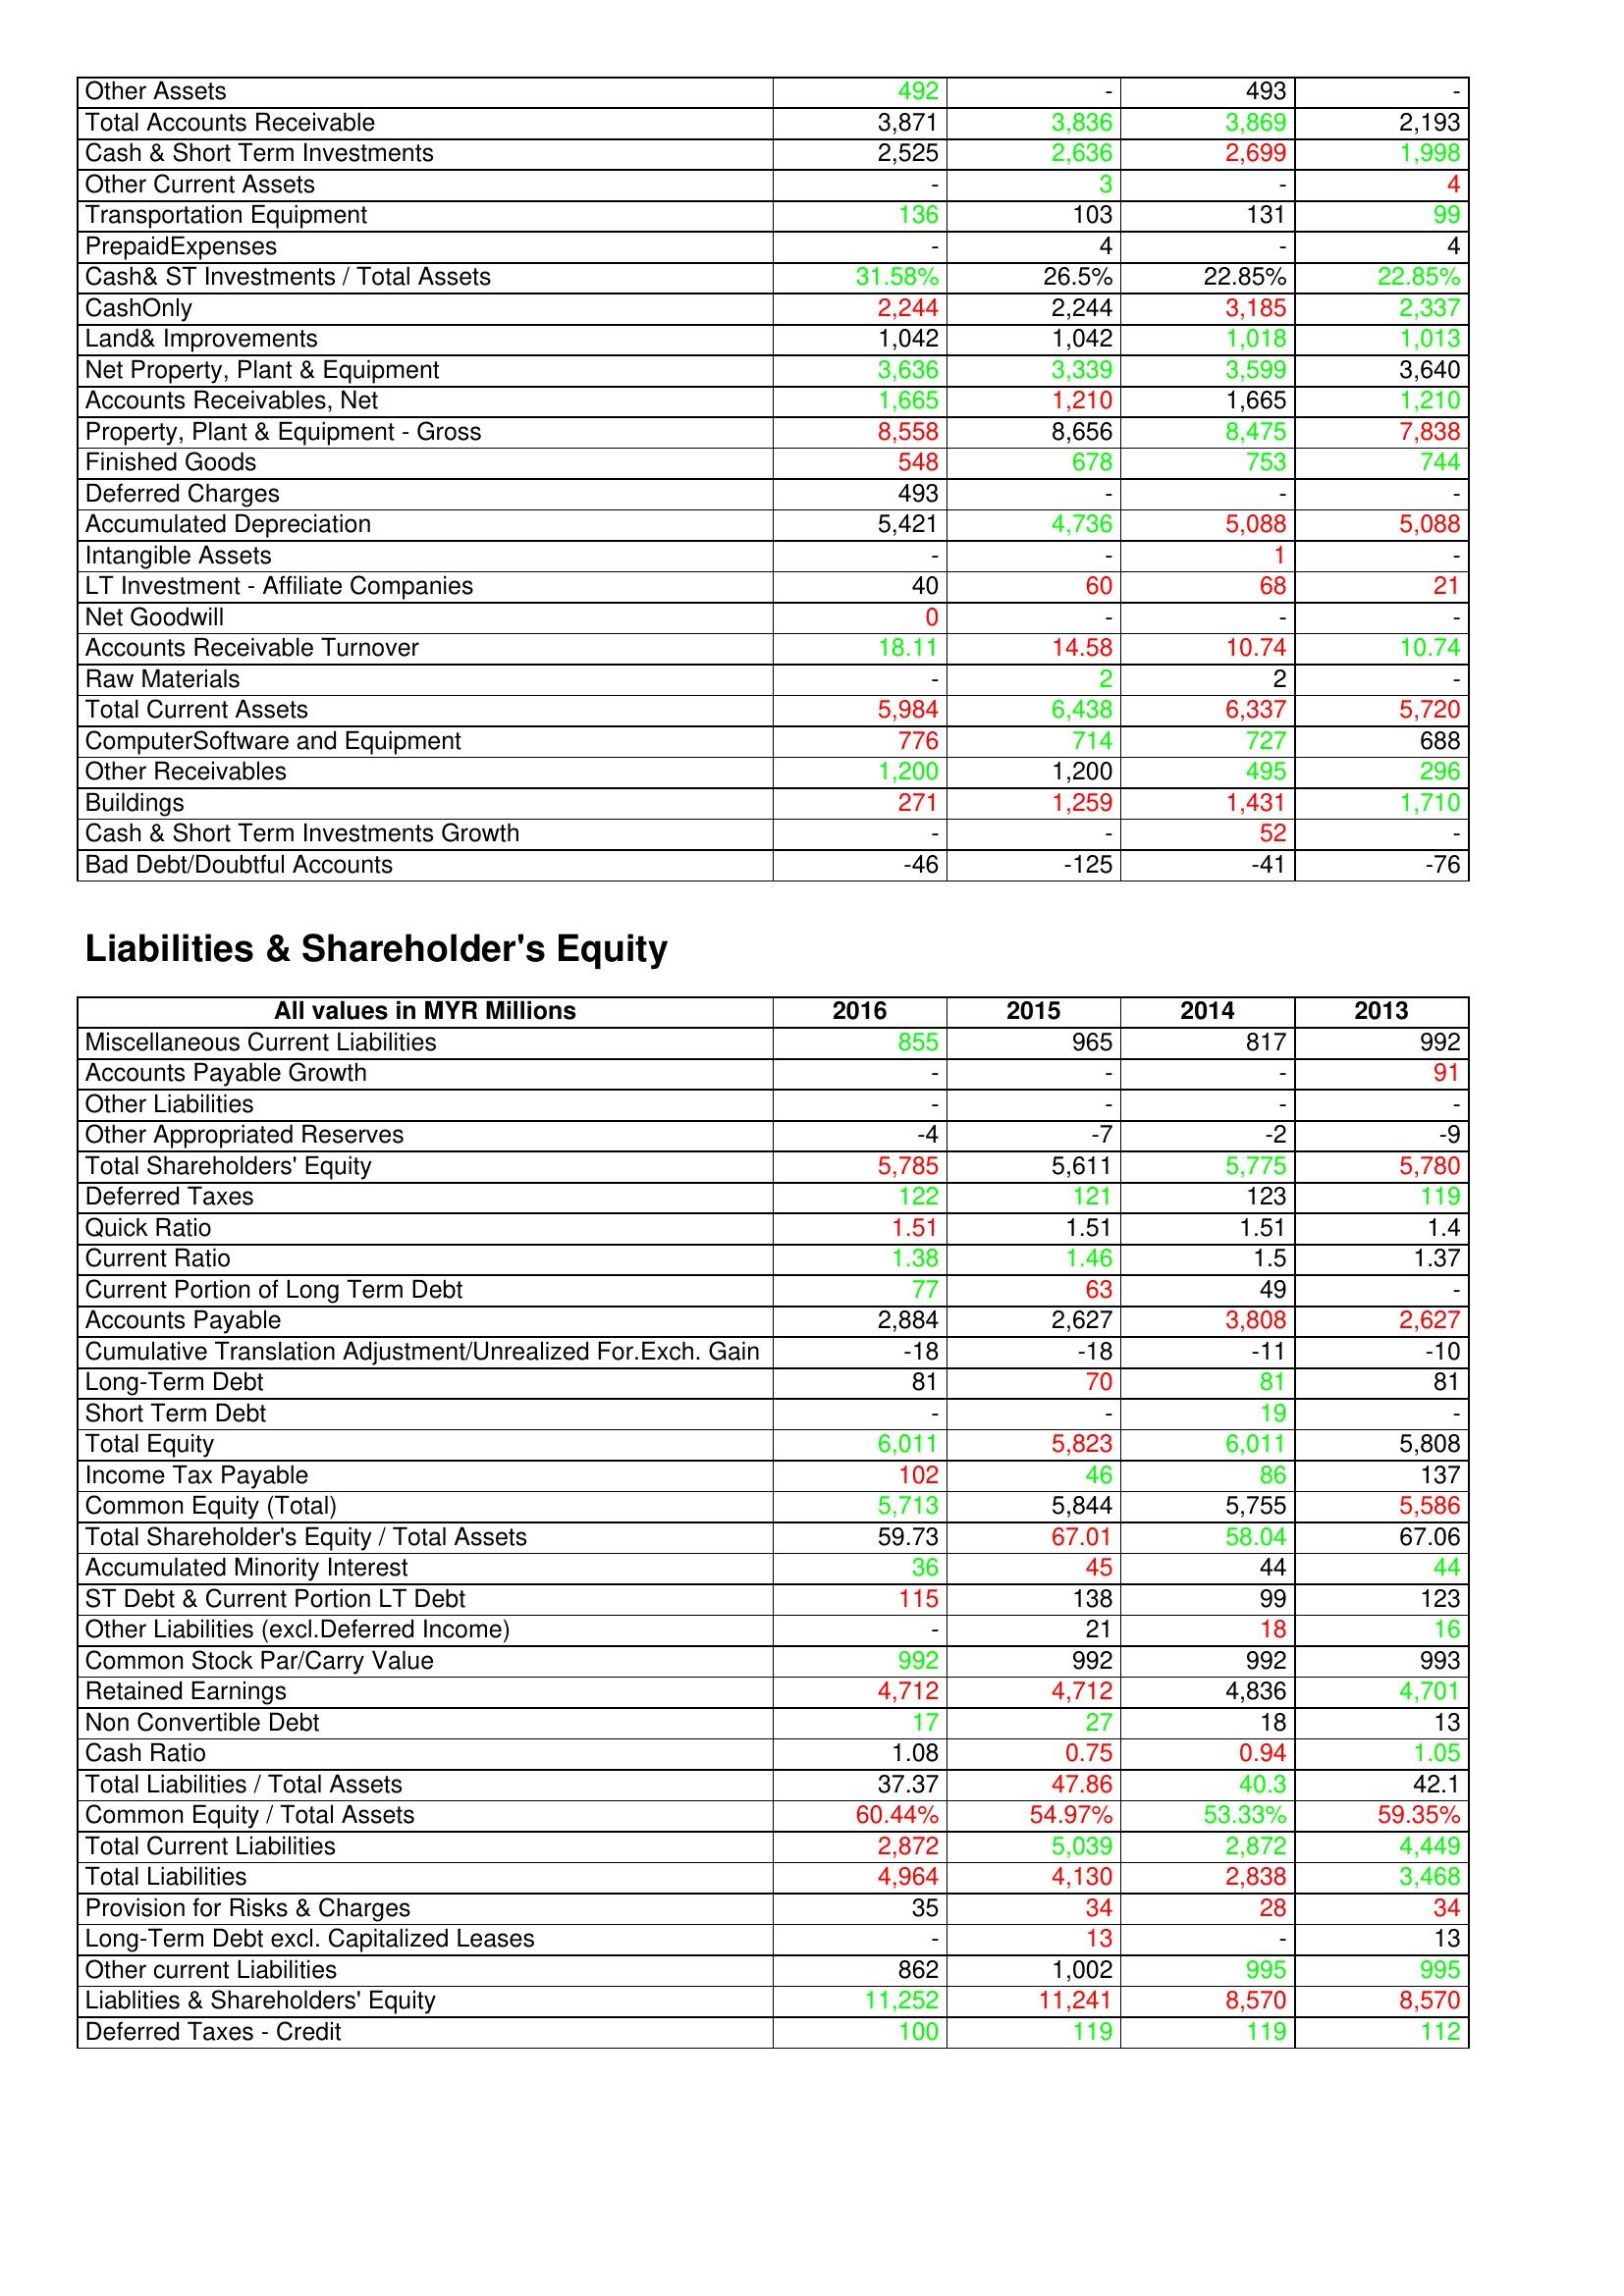
gt_parse: 2016: Assets: Other Assets: 492
Total Accounts Receivable: 3,871
Cash & Short Term Investments: 2,525
Other Current Assets: -
Transportation Equipment: 136
PrepaidExpenses: -
Cash& ST Investments / Total Assets: 31.58%
CashOnly: 2,244
Land& Improvements: 1,042
Net Property, Plant & Equipment: 3,636
Accounts Receivables, Net: 1,665
Property, Plant & Equipment - Gross : 8,558
Finished Goods: 548
Deferred Charges: 493
Accumulated Depreciation: 5,421
Intangible Assets: -
LT Investment - Affiliate Companies: 40
Net Goodwill: 0
Accounts Receivable Turnover: 18.11
Raw Materials: -
Total Current Assets: 5,984
ComputerSoftware and Equipment: 776
Other Receivables: 1,200
Buildings: 271
Cash & Short Term Investments Growth: -
Bad Debt/Doubtful Accounts: -46
Liabilities & Shareholder's Equity: Miscellaneous Current Liabilities: 855
Accounts Payable Growth: -
Other Liabilities: -
Other Appropriated Reserves: -4
Total Shareholders' Equity: 5,785
Deferred Taxes: 122
Quick Ratio: 1.51
Current Ratio: 1.38
Current Portion of Long Term Debt: 77
Accounts Payable: 2,884
Cumulative Translation Adjustment/Unrealized For.Exch. Gain: -18
Long-Term Debt: 81
Short Term Debt: -
Total Equity: 6,011
Income Tax Payable: 102
Common Equity (Total): 5,713
Total Shareholder's Equity / Total Assets: 59.73
Accumulated Minority Interest: 36
ST Debt & Current Portion LT Debt: 115
Other Liabilities (excl.Deferred Income): -
Common Stock Par/Carry Value: 992
Retained Earnings: 4,712
Non Convertible Debt: 17
Cash Ratio: 1.08
Total Liabilities / Total Assets: 37.37
Common Equity / Total Assets: 60.44%
Total Current Liabilities: 2,872
Total Liabilities: 4,964
Provision for Risks & Charges: 35
Long-Term Debt excl. Capitalized Leases: -
Other current Liabilities: 862
Liablities & Shareholders' Equity: 11,252
Deferred Taxes - Credit: 100
2015: Assets: Other Assets: -
Total Accounts Receivable: 3,836
Cash & Short Term Investments: 2,636
Other Current Assets: 3
Transportation Equipment: 103
PrepaidExpenses: 4
Cash& ST Investments / Total Assets: 26.5%
CashOnly: 2,244
Land& Improvements: 1,042
Net Property, Plant & Equipment: 3,339
Accounts Receivables, Net: 1,210
Property, Plant & Equipment - Gross : 8,656
Finished Goods: 678
Deferred Charges: -
Accumulated Depreciation: 4,736
Intangible Assets: -
LT Investment - Affiliate Companies: 60
Net Goodwill: -
Accounts Receivable Turnover: 14.58
Raw Materials: 2
Total Current Assets: 6,438
ComputerSoftware and Equipment: 714
Other Receivables: 1,200
Buildings: 1,259
Cash & Short Term Investments Growth: -
Bad Debt/Doubtful Accounts: -125
Liabilities & Shareholder's Equity: Miscellaneous Current Liabilities: 965
Accounts Payable Growth: -
Other Liabilities: -
Other Appropriated Reserves: -7
Total Shareholders' Equity: 5,611
Deferred Taxes: 121
Quick Ratio: 1.51
Current Ratio: 1.46
Current Portion of Long Term Debt: 63
Accounts Payable: 2,627
Cumulative Translation Adjustment/Unrealized For.Exch. Gain: -18
Long-Term Debt: 70
Short Term Debt: -
Total Equity: 5,823
Income Tax Payable: 46
Common Equity (Total): 5,844
Total Shareholder's Equity / Total Assets: 67.01
Accumulated Minority Interest: 45
ST Debt & Current Portion LT Debt: 138
Other Liabilities (excl.Deferred Income): 21
Common Stock Par/Carry Value: 992
Retained Earnings: 4,712
Non Convertible Debt: 27
Cash Ratio: 0.75
Total Liabilities / Total Assets: 47.86
Common Equity / Total Assets: 54.97%
Total Current Liabilities: 5,039
Total Liabilities: 4,130
Provision for Risks & Charges: 34
Long-Term Debt excl. Capitalized Leases: 13
Other current Liabilities: 1,002
Liablities & Shareholders' Equity: 11,241
Deferred Taxes - Credit: 119
2014: Assets: Other Assets: 493
Total Accounts Receivable: 3,869
Cash & Short Term Investments: 2,699
Other Current Assets: -
Transportation Equipment: 131
PrepaidExpenses: -
Cash& ST Investments / Total Assets: 22.85%
CashOnly: 3,185
Land& Improvements: 1,018
Net Property, Plant & Equipment: 3,599
Accounts Receivables, Net: 1,665
Property, Plant & Equipment - Gross : 8,475
Finished Goods: 753
Deferred Charges: -
Accumulated Depreciation: 5,088
Intangible Assets: 1
LT Investment - Affiliate Companies: 68
Net Goodwill: -
Accounts Receivable Turnover: 10.74
Raw Materials: 2
Total Current Assets: 6,337
ComputerSoftware and Equipment: 727
Other Receivables: 495
Buildings: 1,431
Cash & Short Term Investments Growth: 52
Bad Debt/Doubtful Accounts: -41
Liabilities & Shareholder's Equity: Miscellaneous Current Liabilities: 817
Accounts Payable Growth: -
Other Liabilities: -
Other Appropriated Reserves: -2
Total Shareholders' Equity: 5,775
Deferred Taxes: 123
Quick Ratio: 1.51
Current Ratio: 1.5
Current Portion of Long Term Debt: 49
Accounts Payable: 3,808
Cumulative Translation Adjustment/Unrealized For.Exch. Gain: -11
Long-Term Debt: 81
Short Term Debt: 19
Total Equity: 6,011
Income Tax Payable: 86
Common Equity (Total): 5,755
Total Shareholder's Equity / Total Assets: 58.04
Accumulated Minority Interest: 44
ST Debt & Current Portion LT Debt: 99
Other Liabilities (excl.Deferred Income): 18
Common Stock Par/Carry Value: 992
Retained Earnings: 4,836
Non Convertible Debt: 18
Cash Ratio: 0.94
Total Liabilities / Total Assets: 40.3
Common Equity / Total Assets: 53.33%
Total Current Liabilities: 2,872
Total Liabilities: 2,838
Provision for Risks & Charges: 28
Long-Term Debt excl. Capitalized Leases: -
Other current Liabilities: 995
Liablities & Shareholders' Equity: 8,570
Deferred Taxes - Credit: 119
2013: Assets: Other Assets: -
Total Accounts Receivable: 2,193
Cash & Short Term Investments: 1,998
Other Current Assets: 4
Transportation Equipment: 99
PrepaidExpenses: 4
Cash& ST Investments / Total Assets: 22.85%
CashOnly: 2,337
Land& Improvements: 1,013
Net Property, Plant & Equipment: 3,640
Accounts Receivables, Net: 1,210
Property, Plant & Equipment - Gross : 7,838
Finished Goods: 744
Deferred Charges: -
Accumulated Depreciation: 5,088
Intangible Assets: -
LT Investment - Affiliate Companies: 21
Net Goodwill: -
Accounts Receivable Turnover: 10.74
Raw Materials: -
Total Current Assets: 5,720
ComputerSoftware and Equipment: 688
Other Receivables: 296
Buildings: 1,710
Cash & Short Term Investments Growth: -
Bad Debt/Doubtful Accounts: -76
Liabilities & Shareholder's Equity: Miscellaneous Current Liabilities: 992
Accounts Payable Growth: 91
Other Liabilities: -
Other Appropriated Reserves: -9
Total Shareholders' Equity: 5,780
Deferred Taxes: 119
Quick Ratio: 1.4
Current Ratio: 1.37
Current Portion of Long Term Debt: -
Accounts Payable: 2,627
Cumulative Translation Adjustment/Unrealized For.Exch. Gain: -10
Long-Term Debt: 81
Short Term Debt: -
Total Equity: 5,808
Income Tax Payable: 137
Common Equity (Total): 5,586
Total Shareholder's Equity / Total Assets: 67.06
Accumulated Minority Interest: 44
ST Debt & Current Portion LT Debt: 123
Other Liabilities (excl.Deferred Income): 16
Common Stock Par/Carry Value: 993
Retained Earnings: 4,701
Non Convertible Debt: 13
Cash Ratio: 1.05
Total Liabilities / Total Assets: 42.1
Common Equity / Total Assets: 59.35%
Total Current Liabilities: 4,449
Total Liabilities: 3,468
Provision for Risks & Charges: 34
Long-Term Debt excl. Capitalized Leases: 13
Other current Liabilities: 995
Liablities & Shareholders' Equity: 8,570
Deferred Taxes - Credit: 112